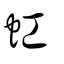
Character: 𧈬